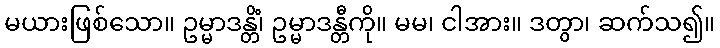
မယားဖြစ်သော။ ဥမ္မာဒန္တိံ၊ ဥမ္မာဒန္တီကို။ မမ၊ ငါအား။ ဒတွာ၊ ဆက်သ၍။